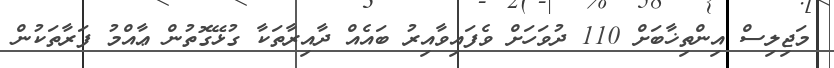
މަޖިލިސް އިންތިޚާބަށް 110 ދުވަހަށް ވެފައިވާއިރު ބައެއް ދާއިރާތަކާ ގުޅޭގޮތުން ޢާއްމު ފަރާތަކުން